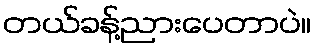
တယ်ခန့်ညားပေတာပဲ။